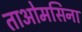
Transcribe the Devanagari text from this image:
ताओमसिना